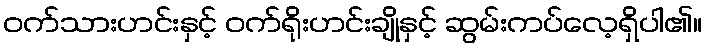
ဝက်သားဟင်းနှင့် ဝက်ရိုးဟင်းချိုနှင့် ဆွမ်းကပ်လေ့ရှိပါ၏။